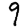
Digit: 9